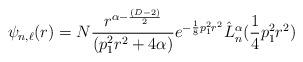
LaTeX: \begin{align*}\psi_{n,\ell}(r)=N\frac{r^{\alpha-\frac{(D-2)}{2}}}{(p_1^2r^2+4\alpha)}e^{-\frac{1}{8}p_1^2r^2}\hat{L}_n^{\alpha}(\frac{1}{4}p_1^2r^2)\end{align*}